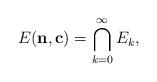
LaTeX: \begin{align*}E(\mathbf{n},\mathbf{c})=\bigcap_{k=0}^\infty E_k,\end{align*}